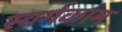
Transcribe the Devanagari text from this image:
स्वर्गकाम